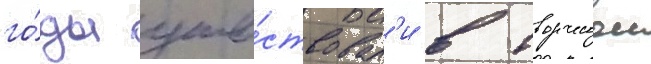
го́ды уча́ствовал'и в творческои